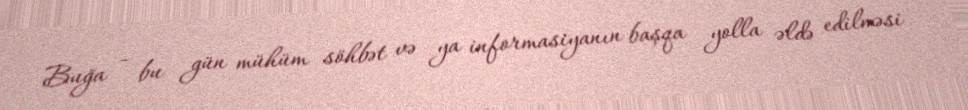
Buğa - bu gün mühüm söhbət və ya informasiyanın başqa yolla əldə edilməsi